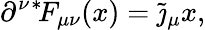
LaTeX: \partial^{\nu}{}^{*}\! F_{\mu\nu}(x)=\tilde{\jmath}_{\mu}{x},